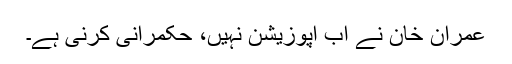
عمران خان نے اب اپوزیشن نہیں، حکمرانی کرنی ہے۔